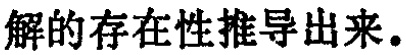
解的存在性推导出来.